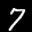
Label: 7